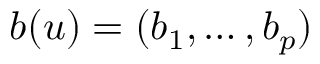
b ( u ) = ( b _ { 1 } , \ldots , b _ { p } )